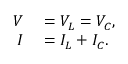
\begin{array} { r l } { V } & { { } = V _ { L } = V _ { C } , } \\ { I } & { { } = I _ { L } + I _ { C } . } \end{array}